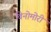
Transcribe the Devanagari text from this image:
विनोमोरी